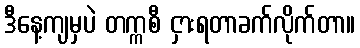
ဒီနေ့ကျမှပဲ တက္ကစီ ငှားရတာခက်လိုက်တာ။